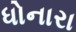
ધોનારા